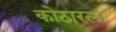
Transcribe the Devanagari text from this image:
कोठारला